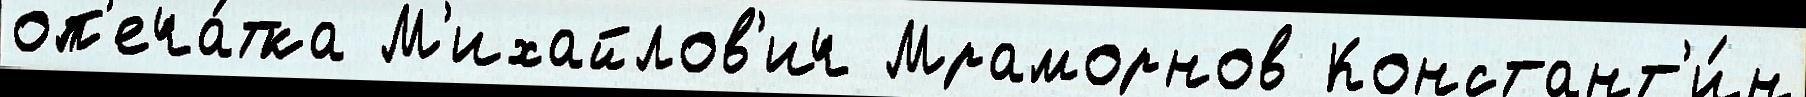
оп'еча́тка М'ихайлов'ич Мраморнов Констант'и́н